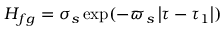
H _ { f g } = \sigma _ { s } \exp ( - \varpi _ { s } \left| \tau - \tau _ { 1 } \right| )